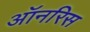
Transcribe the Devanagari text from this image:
ऑनरिस